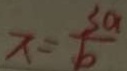
x = \frac { 3 a } { b }